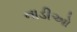
નાડીઓ